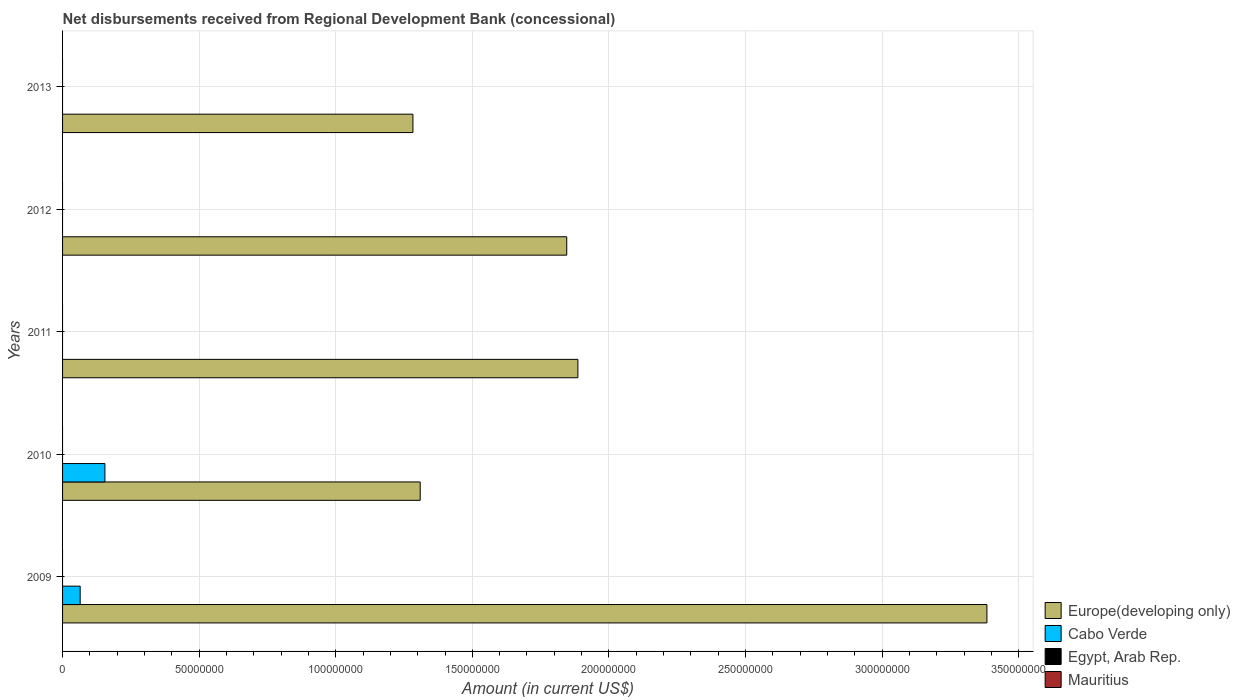
| Years | Europe(developing only) | Cabo Verde | Egypt, Arab Rep. | Mauritius |
 | --- | --- | --- | --- | --- |
 | 2009 | 3.38e+08 | 6.44e+06 | -5.01e+06 | -1.55e+05 |
 | 2010 | 1.31e+08 | 1.55e+07 | -5.98e+06 | -1.62e+05 |
 | 2011 | 1.89e+08 | -6.91e+05 | -6.37e+06 | -1.61e+05 |
 | 2012 | 1.85e+08 | -2.26e+06 | -6.23e+06 | -1.52e+05 |
 | 2013 | 1.28e+08 | -2.81e+06 | -6.4e+06 | -1.48e+05 |